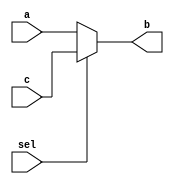
module mux2_1(input a, c, sel, output b);
  assign b = sel ? c : a;
endmodule